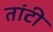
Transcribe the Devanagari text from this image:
तांटी